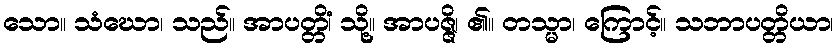
သော။ သံဃော၊ သည်။ အာပတ္တိံ၊ သို့။ အာပဇ္ဇိ၊ ၏။ တသ္မာ၊ ကြောင့်။ သဘာပတ္တိယာ၊